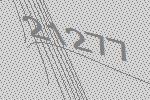
21277